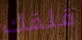
قلقك